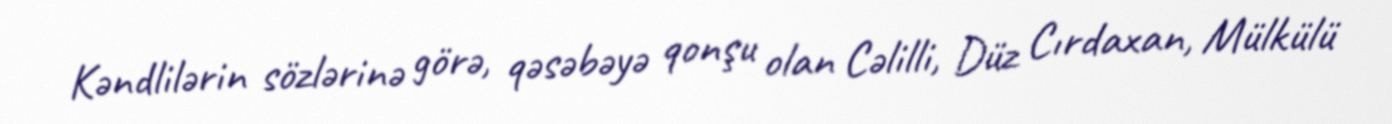
Kəndlilərin sözlərinə görə, qəsəbəyə qonşu olan Cəlilli, Düz Cırdaxan, Mülkülü